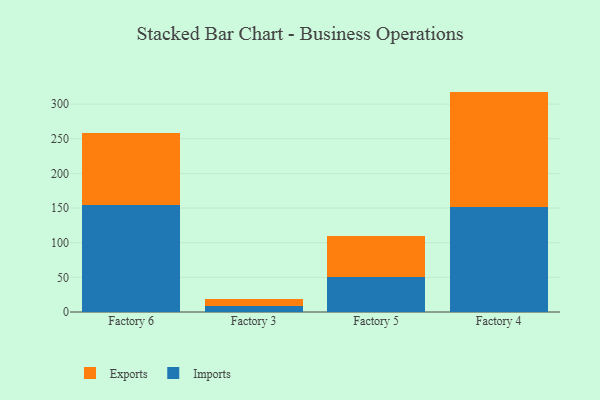
{"axis": {"x": "Factory", "y": "Customer Acquisition Cost (USD)"}, "legend": ["Exports", "Imports"], "data": [{"x": "Factory 6", "y": 155.1, "type": "Imports"}, {"x": "Factory 6", "y": 102.7, "type": "Exports"}, {"x": "Factory 3", "y": 8.5, "type": "Imports"}, {"x": "Factory 3", "y": 9.8, "type": "Exports"}, {"x": "Factory 5", "y": 49.9, "type": "Imports"}, {"x": "Factory 5", "y": 59.9, "type": "Exports"}, {"x": "Factory 4", "y": 152.0, "type": "Imports"}, {"x": "Factory 4", "y": 166.0, "type": "Exports"}]}